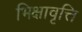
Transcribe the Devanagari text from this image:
भिक्षावृत्ति